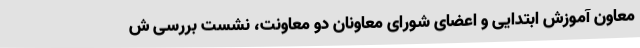
معاون آموزش ابتدایی و اعضای شورای معاونان دو معاونت، نشست بررسی ش